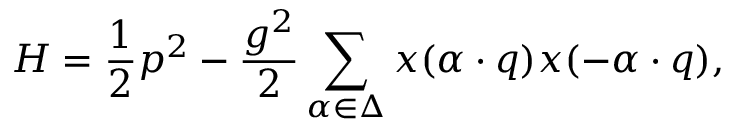
{ \cal H } = { \frac { 1 } { 2 } } p ^ { 2 } - { \frac { g ^ { 2 } } { 2 } } \sum _ { \alpha \in \Delta } x ( \alpha \cdot q ) x ( - \alpha \cdot q ) ,